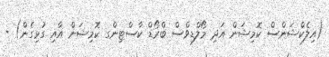
(އިލެކްޝަންސް ކޮމިޝަން އަދި މޯލްޑިވްސް ބްރޯޑް ކާސްޓިންގ ކޮމިޝަން އާއި ގުޅިގެން) -